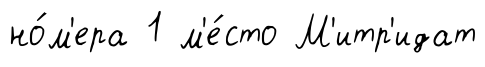
но́м'ера 1 м'е́сто М'итр'идат